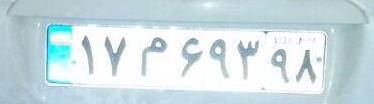
۱۷م۶۹۳۹۸